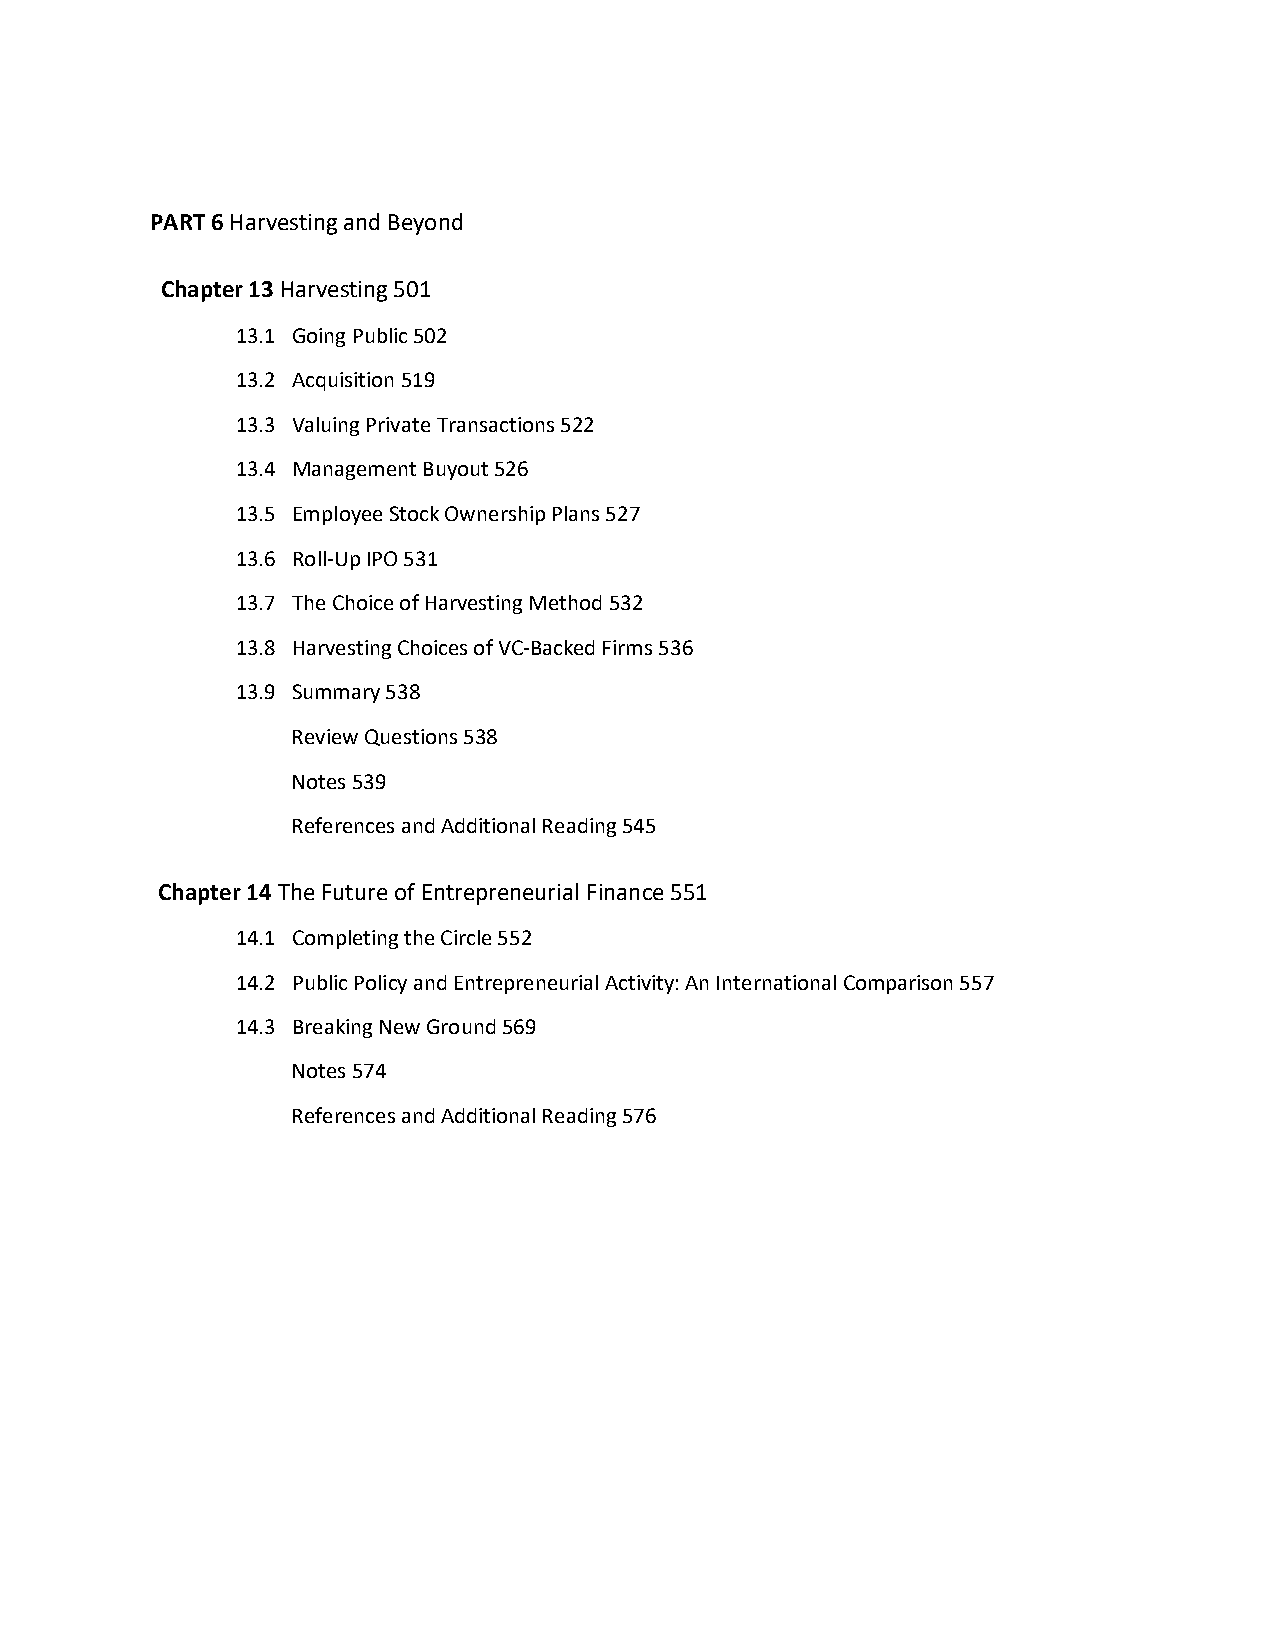
PART 6 Harvesting and Beyond
 Chapter 13 Harvesting 501
 13.1 Going Public 502
 13.2 Acquisition 519
 13.3 Valuing Private Transactions 522
 13.4 Management Buyout 526
 13.5 Employee Stock Ownership Plans 527
 13.6 Roll-Up IPO 531
 13.7 The Choice of Harvesting Method 532
 13.8 Harvesting Choices of VC-Backed Firms 536
 13.9 Summary 538
 Review Questions 538
 Notes 539
 References and Additional Reading 545
 Chapter 14 The Future of Entrepreneurial Finance 551
 14.1 Completing the Circle 552
 14.2 Public Policy and Entrepreneurial Activity: An International Comparison 557
 14.3 Breaking New Ground 569
 Notes 574
 References and Additional Reading 576